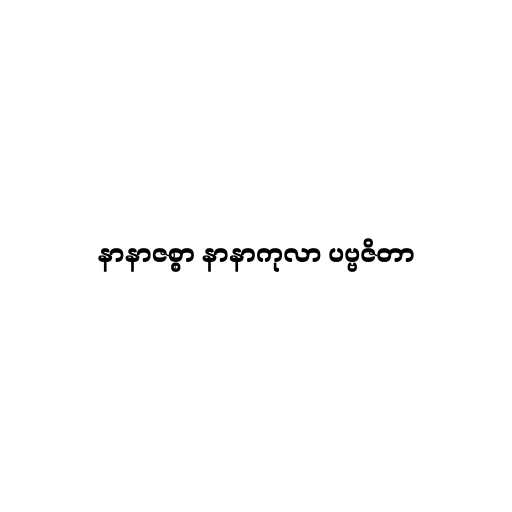
နာနာဇစ္စာ နာနာကုလာ ပဗ္ဗဇိတာ